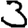
Digit: 3